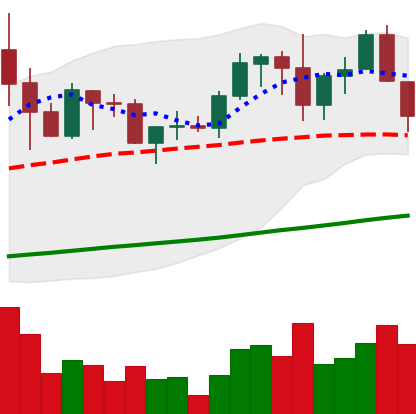
Ticker: ADA-USD
Chart end date: 2019-06-04
Forward return: -3.656%
Label: down_3_5